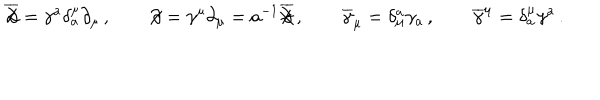
\overline { { { \not \! \partial } } } = \gamma ^ { a } \delta _ { a } ^ { \mu } \partial _ { \mu } \, , \qquad \not \! \partial = \gamma ^ { \mu } \partial _ { \mu } = a ^ { - 1 } \overline { { { \not \! \partial } } } \, , \qquad \overline { { { \gamma } } } _ { \mu } = \delta _ { \mu } ^ { a } \gamma _ { a } \, , \qquad \overline { { { \gamma } } } ^ { \mu } = \delta _ { a } ^ { \mu } \gamma ^ { a } \, .